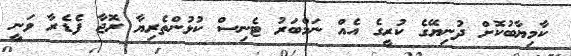
ކާމިޔާބުކޮށް ދުނިޔޭގެ ކުރީގެ އެއް ނަމްބަރު ޓެނިސް ކުޅުންތެރިޔާ ރޮޖާ ފެޑެރާ ވަނީ